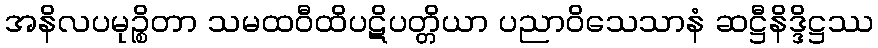
အနိလပမုဉ္စိတာ သမထဝီထိပဋိပတ္တိယာ ပညာဝိသေသာနံ ဆဋ္ဌီနိဒ္ဒိဋ္ဌဿ